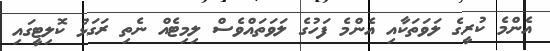
އެންމެ ކުރީގެ ލަވަތަކާއި އެންމެ ފަހުގެ ލަވަތައްވެސް ލިމިޓެއް ނެތި ރަގަޅު ކޮލިޓީގައި